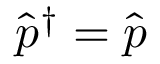
\hat { p } ^ { \dagger } = \hat { p }